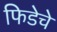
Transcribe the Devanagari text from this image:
फिडेचे